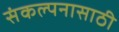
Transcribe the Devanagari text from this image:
संकल्पनासाठी